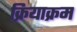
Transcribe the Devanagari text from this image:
क्रियाक्रम